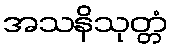
အသနိသုတ္တံ